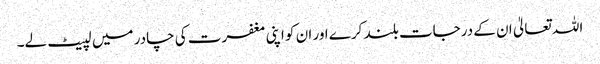
اللہ تعالیٰ ان کے درجات بلند کرے اور ان کو اپنی مغفرت کی چادر میں لپیٹ لے۔